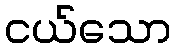
ငယ်သော